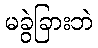
မခွဲခြားဘဲ